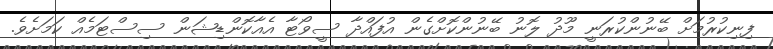
ފިނިކުރުމަށް ބޭނުންކުރަނީ މޫދު ލޮނު ބޭނުންކޮށްގެން އުފައްދާ ސީވޯޓާ އެއާކޮންޑިޝަން ސިސްޓަމެއް ކަމަށެވެ.